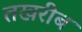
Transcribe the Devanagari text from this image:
तखरीब